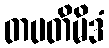
တပတိမိဒံ